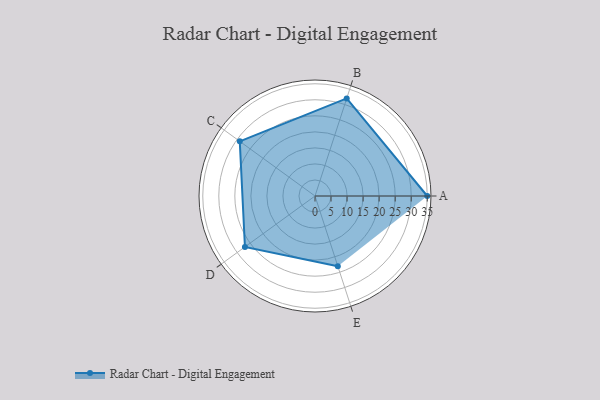
{"axis": {"x": "Skill", "y": "Score"}, "legend": ["Profile"], "data": [{"x": "A", "y": 35.0, "type": "Profile"}, {"x": "B", "y": 32.0, "type": "Profile"}, {"x": "C", "y": 29.0, "type": "Profile"}, {"x": "D", "y": 27.0, "type": "Profile"}, {"x": "E", "y": 23.0, "type": "Profile"}]}